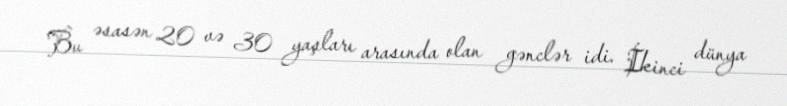
Bu əsasən 20 və 30 yaşları arasında olan gənclər idi. İkinci dünya